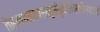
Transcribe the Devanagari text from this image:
तेस्मत्सकाशाद्गृह्णंतुबलिमष्टांगमक्षयं